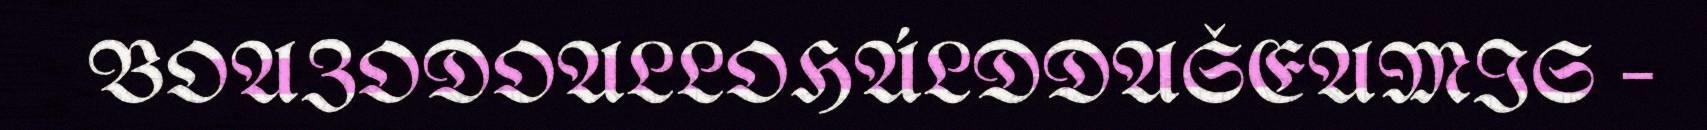
BOAZODOALLOHÁLDDAŠEAMIS –